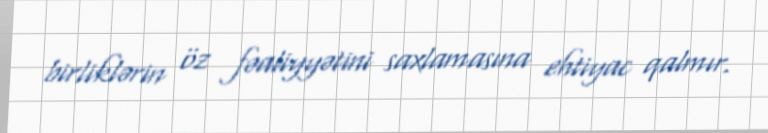
birliklərin öz fəaliyyətini saxlamasına ehtiyac qalmır.